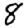
Digit: 8